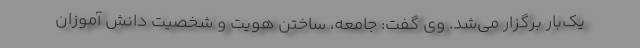
یک‌بار برگزار می‌شد. وی گفت: جامعه، ساختن هویت و شخصیت دانش آموزان